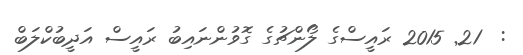
:  21